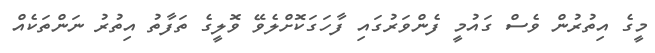
މީގެ އިތުރުން ވެސް ގައުމީ ފެންވަރުގައި ފާހަގަކޮށްލެވޭ ވޮލީގެ ތަފާތު އިތުރު ނަންތަކެއް